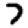
Digit: 7